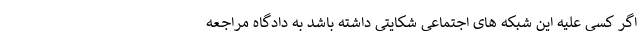
اگر کسی علیه این شبکه های اجتماعی شکایتی داشته باشد به دادگاه مراجعه